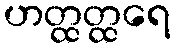
ဟတ္ထတ္ထရေ